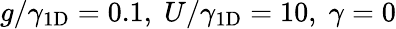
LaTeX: g/\gamma_{1\mathrm{{D}}}=0.1,\; U/\gamma_{1\mathrm{{D}}}=10,\; \gamma=0